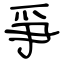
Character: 爭